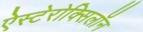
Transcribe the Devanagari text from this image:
ऐस्टेरोक्सिलॉन